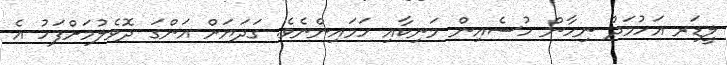
ލީޑަރ އަހުމަދު ނިހާން ހުސެއިން މަނިކާއި ހަމައިންނެވެ. ގަދަޔަށް އަންގަ ދޮވެލުމަށްފަހު އެ